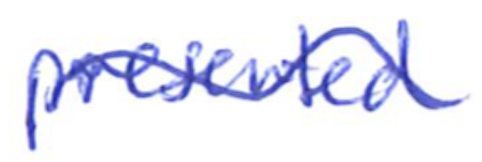
Text: presented
Cross-out: wave
Writing tool: ballpoint